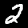
Label: 2